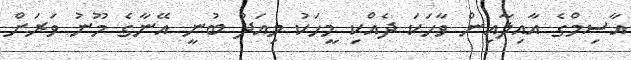
އާސިމްގެ އާއިލާއިން ވާހަކަ ދެއްކި މީހަކު މިއަދު ބުނީ އޭނާގެ މޫނު ވަރަށް